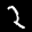
Label: 2